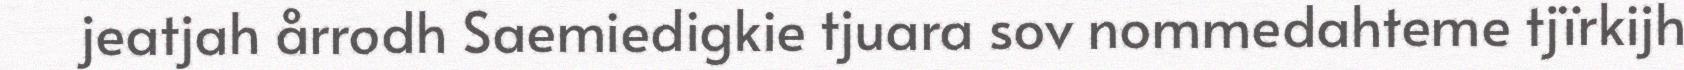
jeatjah årrodh Saemiedigkie tjuara sov nommedahteme tjïrkijh